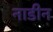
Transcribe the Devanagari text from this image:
नाडीन